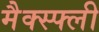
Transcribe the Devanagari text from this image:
मैक्स्फ्ली